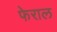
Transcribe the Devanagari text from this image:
फेराल